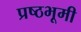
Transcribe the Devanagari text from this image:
प्रष्ठभूमी